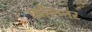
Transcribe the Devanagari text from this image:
कॉल्म्नर